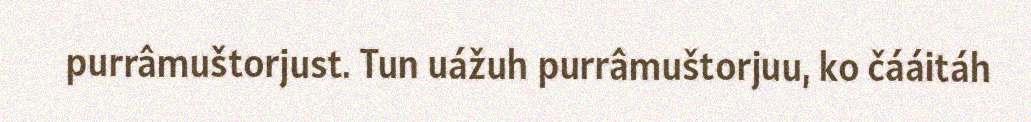
purrâmuštorjust. Tun uážuh purrâmuštorjuu, ko čááitáh